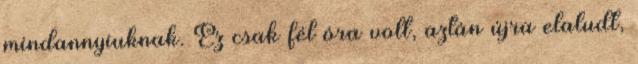
mindannyiuknak. Ez csak fél óra volt, aztán újra elaludt,